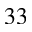
3 3